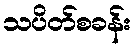
သပိတ်စခန်း